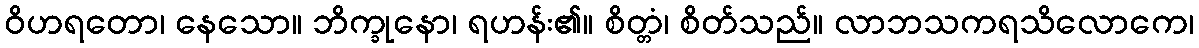
ဝိဟရတော၊ နေသော။ ဘိက္ခုနော၊ ရဟန်း၏။ စိတ္တံ၊ စိတ်သည်။ လာဘသကရသိလောကေ၊